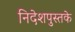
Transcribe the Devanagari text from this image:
निदेशपुस्तके